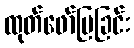
ထုတ်ဖော်ပြခြင်း